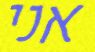
אני